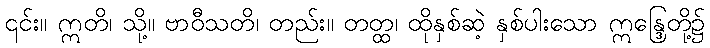
၎င်း။ ဣတိ၊ သို့။ ဗာဝီသတိ၊ တည်း။ တတ္ထ၊ ထိုနှစ်ဆဲ့ နှစ်ပါးသော ဣန္ဒြေတို့၌